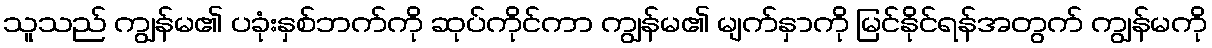
သူသည် ကျွန်မ၏ ပခုံးနှစ်ဘက်ကို ဆုပ်ကိုင်ကာ ကျွန်မ၏ မျက်နှာကို မြင်နိုင်ရန်အတွက် ကျွန်မကို